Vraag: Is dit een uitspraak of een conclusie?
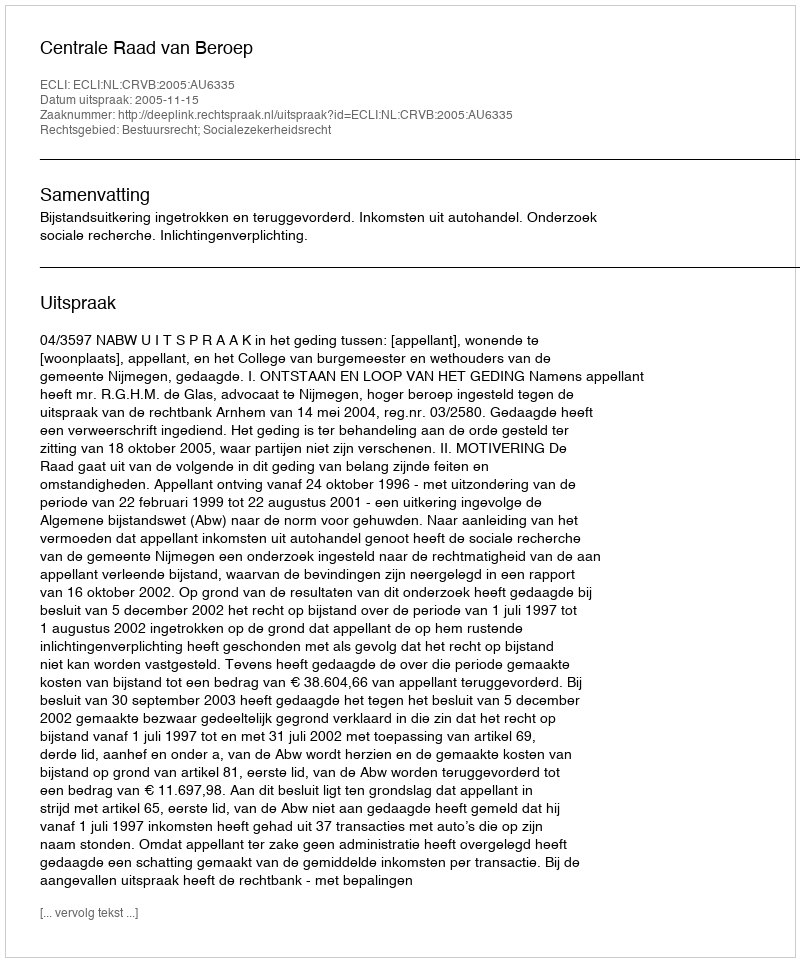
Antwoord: Uitspraak